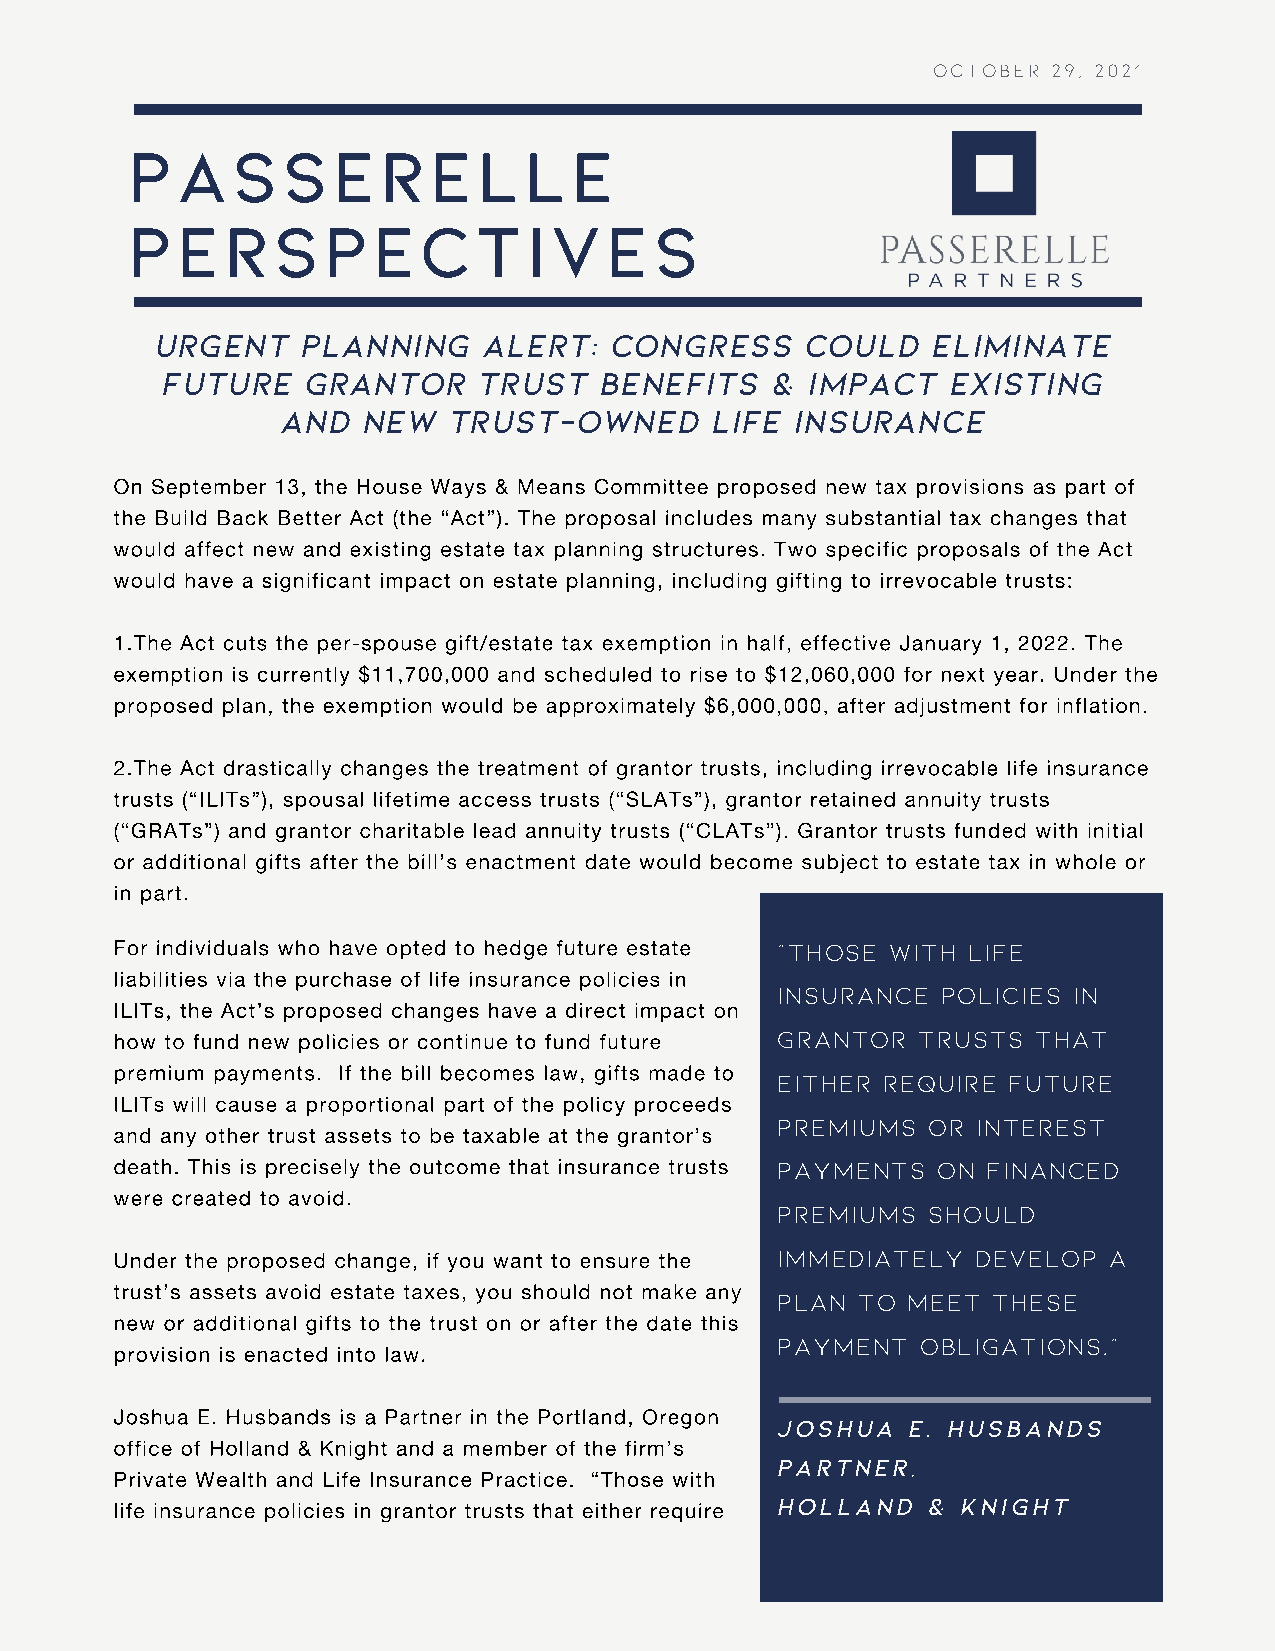
OCTOBER 29, 2021
 PASSERELLE
 PERSPECTIVES
 Urgent    Planning    Alert:   Congress    Could    Eliminate
 Future   Grantor     Trust   Benefits   &  Impact   Existing
 and  New   Trust-Owned      Life  Insurance
 On September 13, the House Ways & Means Committee proposed new tax provisions as part of
 the Build Back Better Act (the “Act”). The proposal includes many substantial tax changes that
 would affect new and existing estate tax planning structures. Two specific proposals of the Act
 would have a significant impact on estate planning, including gifting to irrevocable trusts:
 1.The Act cuts the per-spouse gift/estate tax exemption in half, effective January 1, 2022. The
 exemption is currently $11,700,000 and scheduled to rise to $12,060,000 for next year. Under the
 proposed plan, the exemption would be approximately $6,000,000, after adjustment for inflation.
 2.The Act drastically changes the treatment of grantor trusts, including irrevocable life insurance
 trusts (“ILITs”), spousal lifetime access trusts (“SLATs”), grantor retained annuity trusts
 (“GRATs”) and grantor charitable lead annuity trusts (“CLATs”). Grantor trusts funded with initial
 or additional gifts after the bill’s enactment date would become subject to estate tax in whole or
 in part.
 For individuals who have opted to hedge future estate "Those with life
 liabilities via the purchase of life insurance policies in
 insurance  policies in
 ILITs, the Act’s proposed changes have a direct impact on
 how to fund new policies or continue to fund future grantor trusts that
 premium payments. If the bill becomes law, gifts made to
 either require  future
 ILITs will cause a proportional part of the policy proceeds
 premiums  or  interest
 and any other trust assets to be taxable at the grantor’s
 death. This is precisely the outcome that insurance trusts payments on financed
 were created to avoid.
 premiums  should
 Under the proposed change, if you want to ensure the immediately develop a
 trust’s assets avoid estate taxes, you should not make any
 plan  to meet  these
 new or additional gifts to the trust on or after the date this
 payment   obligations."
 provision is enacted into law.
 Joshua E. Husbands is a Partner in the Portland, Oregon
 JOSHUA  E. HUSBANDS
 office of Holland & Knight and a member of the firm’s
 PARTNER,
 Private Wealth and Life Insurance Practice. “Those with
 life insurance policies in grantor trusts that either require HOLLAND & KNIGHT